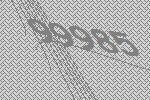
99985